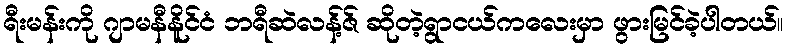
ရီးမန်းကို ဂျာမနီနိူင်ငံ ဘရီဆဲလန့်ဇ် ဆိုတဲ့ရွာငယ်ကလေးမှာ ဖွားမြင်ခဲ့ပါတယ်။